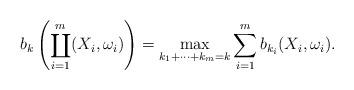
LaTeX: \begin{align*}b_k\left(\coprod_{i=1}^m(X_i,\omega_i)\right) = \max_{k_1+\cdots+k_m=k} \sum_{i=1}^m b_{k_i}(X_i,\omega_i).\end{align*}